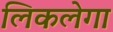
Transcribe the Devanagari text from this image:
लिकलेगा